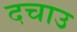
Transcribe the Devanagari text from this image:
दचाउ